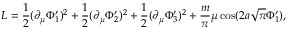
{ \cal L } = \frac { 1 } { 2 } ( \partial _ { \mu } \Phi _ { 1 } ^ { \prime } ) ^ { 2 } + \frac { 1 } { 2 } ( \partial _ { \mu } \Phi _ { 2 } ^ { \prime } ) ^ { 2 } + \frac { 1 } { 2 } ( \partial _ { \mu } \Phi _ { 3 } ^ { \prime } ) ^ { 2 } + \frac { m } { \pi } \mu \cos ( 2 a \sqrt { \pi } \Phi _ { 1 } ^ { \prime } ) ,